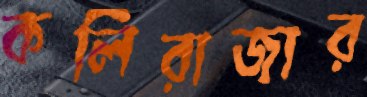
কলিরাজার